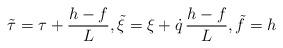
LaTeX: \begin{align*} \tilde \tau =\tau +\frac{h-f}{L}, \tilde\xi=\xi+\dot q\,\frac{h-f}{L}, \tilde f=h \end{align*}